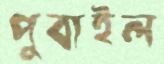
পুবাইল